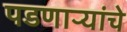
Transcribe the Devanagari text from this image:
पडणाऱ्यांचे